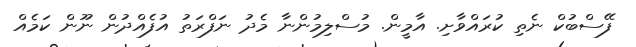
ފޭސްބުކް ނެތި ކުރައްވާށި. އާމީން. މުސްލިމުންނާ މެދު ނަފްރަތު އުފެއްދުން ނޫން ކަމެއް